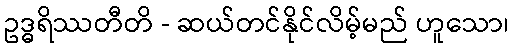
ဥဒ္ဓရိဿတီတိ - ဆယ်တင်နိုင်လိမ့်မည် ဟူသော၊